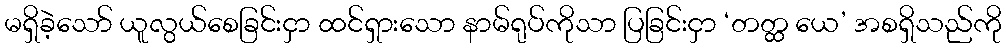
မရှိခဲ့သော် ယူလွယ်စေခြင်းငှာ ထင်ရှားသော နာမ်ရုပ်ကိုသာ ပြခြင်းငှာ ‘တတ္ထ ယေ’ အစရှိသည်ကို